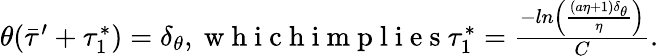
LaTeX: \begin{array}{r}{\theta(\bar{\tau}^{\prime}+\tau_{1}^{*})=\delta_{\theta},\mathrm{~w~h~i~c~h~i~m~p~l~i~e~s~}\tau_{1}^{*}=\frac{-ln\left(\frac{(a\eta+1)\delta_{\theta}}{\eta}\right)}{C}.}\end{array}